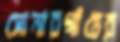
সোনারগাঁয়ের